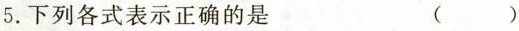
5. 下列各式表示正确的是（ ）